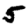
Digit: 5